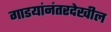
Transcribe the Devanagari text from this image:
गाडयांनंतरदेखील